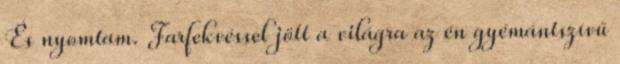
És nyomtam. Farfekvéssel jött a világra az én gyémántszívű